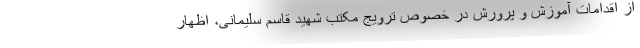
از اقدامات آموزش و پرورش در خصوص ترویج مکتب شهید قاسم سلیمانی، اظهار